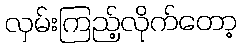
လှမ်းကြည့်လိုက်တော့